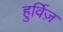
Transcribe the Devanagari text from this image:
हुर्विज़